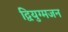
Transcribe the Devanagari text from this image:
द्वियुग्मजन